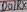
Text: D0/RX